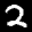
Label: 2